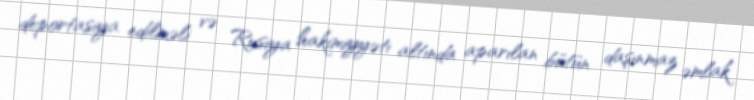
deportasiya edilməli və Rusiya hakimiyyəti altında aparılan bütün daşınmaz əmlak